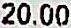
20.00